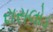
રાસલોડ